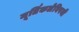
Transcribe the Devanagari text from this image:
मूर्तिकलेविषयी